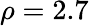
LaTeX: \rho=2.7